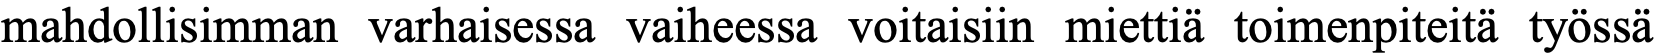
mahdollisimman varhaisessa vaiheessa voitaisiin miettiä toimenpiteitä työssä